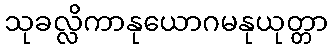
သုခလ္လိကာနုယောဂမနုယုတ္တာ